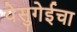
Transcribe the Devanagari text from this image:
येसुगेईचा